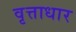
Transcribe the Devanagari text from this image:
वृत्ताधार